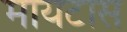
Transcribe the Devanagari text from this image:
मायटास